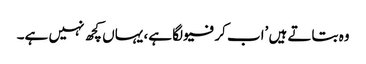
وہ بتاتے ہیں ’اب کرفیو لگا ہے، یہاں کچھ نہیں ہے۔